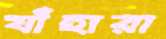
যাঁহারা